Report on vaccination in Madras 1922-1929 - 1922-1929
Year: 1922
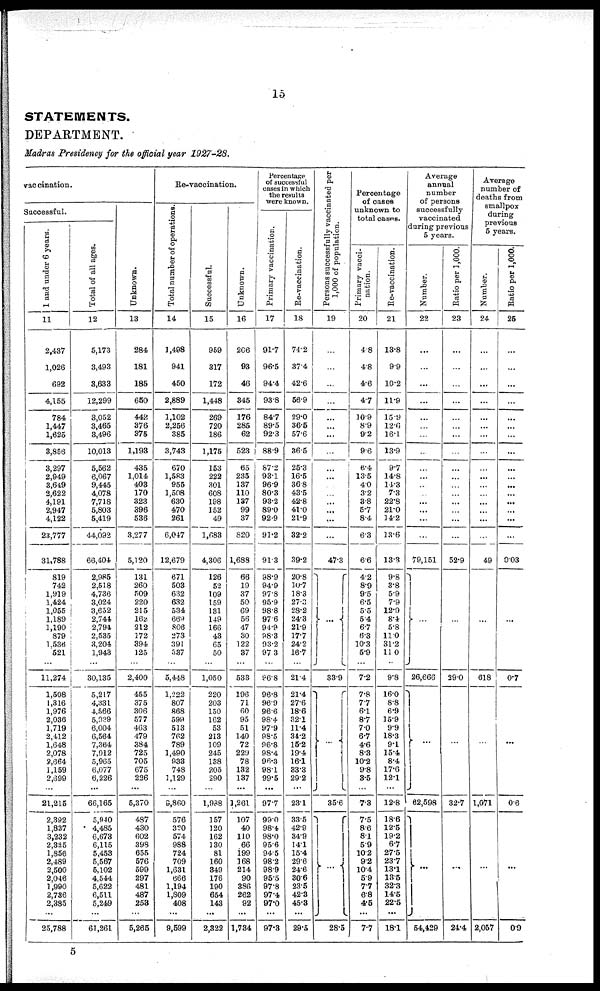
15
STATEMENTS.
DEPARTMENT.
Madras Presidency for the official year 1927-28.
vaccination.
Successful.
1 and under 6 years.
11
2,437
1,026
692
4,155
784
1,447
1,625
3,856
3,297
2,949
3,649
2,622
4,191
2,947
4,122
23,777
31,788
819
742
1,919
1,424
1,055
1,189
1,190
879
1,536
521
...
11,274
1,508
1,316
1,976
2,036
1,719
2,412
1,648
2,078
2,664
1,159
2,699
...
21,215
2,392
1,837
3,232
2,325
1,856
2,489
2,500
2,046
1,990
2,736
2,385
...
25,788
Total of all ages.
12
5,173
3,493
3,633
12,299
3,052
3,465
3,496
10,013
5,562
6,067
9,445
4,078
7,718
5,803
5,419
44,092
66,404
2,985
2,518
4,736
3,024
3,652
2,744
2,794
2,535
3,204
1,943
...
30,135
5,217
4,331
4,566
5,939
6,004
6,564
7,364
7,912
5,965
6,077
6,226
...
66,165
5,940
4,485
6,673
6,115
5,453
5,567
5,102
4,544
5,622
6,511
5,249
...
61,261
Unknown.
13
284
181
185
650
442
376
375
1,193
435
1,014
403
170
323
396
536
3,277
5,120
131
260
509
220
215
162
212
172
394
125
...
2,400
455
375
306
577
463
479
384
725
705
675
226
...
5,370
487
430
602
398
655
576
599
297
481
487
253
...
5,265
Re-vaccination.
Total number of operations.
14
1,498
941
450
2,889
1,102
2,256
385
3,743
670
1,583
955
1,508
630
470
261
6,047
12,679
671
503
632
632
534
669
806
273
391
337
...
5,448
1,222
807
868
599
513
762
789
1,490
933
748
1,129
...
9,860
576
320
574
988
724
709
1,631
666
1,194
1,809
408
...
9,599
Successful.
15
959
317
172
1,448
269
720
186
1,175
153
222
301
608
198
152
49
1,683
4,306
126
52
109
159
131
149
166
43
65
50
...
1,050
220
203
150
162
53
213
109
245
138
205
290
...
1,938
157
120
162
130
81
160
349
176
190
654
143
...
2,322
Unknown.
16
206
93
46
345
176
285
62
523
65
235
137
110
137
99
37
820
1,688
66
19
37
50
69
56
47
30
122
37
...
533
196
71
60
95
51
140
72
229
78
132
137
...
1,261
107
40
110
66
199
168
214
90
386
262
92
...
1,734
Percentage
of successful
cases in which
the results
were known.
Primary vaccination.
17
91.7
96.5
94.4
93.8
84.7
89.5
92.3
88.9
87.2
93.1
96.9
80.3
93.2
89.0
92.9
91.2
91.3
98.9
94.9
97.8
95.9
98.8
97.6
94.9
98.3
93.2
97.3
...
96.8
96.8
96.9
96.6
98.4
97.9
98.5
96.8
98.4
96.3
98.1
99.5
...
97.7
99.0
98.4
98.0
95.6
94.5
98.2
98.9
95.5
97.8
97.4
97.0
...
97.3
Re-vaccination.
18
74.2
37.4
42.6
56.9
29.0
36.5
57.6
36.5
25.3
16.5
36.8
43.5
42.8
41.0
21.9
32.2
39.2
20.8
10.7
18.3
27.3
28.2
24.3
21.9
17.7
24.2
16.7
...
21.4
21.4
27.6
18.6
32.1
11.4
34.2
15.2
19.4
16.1
83.3
29.2
...
23.1
33.5
42.9
34.9
14.1
15.4
29.6
24.6
30.6
23.5
42.3
45.3
...
29.5
Persons successfully vaccinated per
1,000 of population.
19
...
...
...
...
...
...
...
...
...
...
...
...
...
...
...
...
47.3
...
33.9
...
35.6
...
28.5
Percentage
of cases
unknown to
total cases.
Primary vacci-
nation.
20
4.8
4.8
4.6
4.7
10.9
8.9
9.2
9.6
6.4
13.5
4.0
3.2
3.8
5.7
8.4
6.3
6.6
4.2
8.9
9.5
6.5
5.5
5.4
6.7
6.3
10.3
5.9
...
7.2
7.8
7.7
6.1
8.7
7.0
6.7
4.6
8.3
10.2
9.8
3.5
...
7.3
7.5
8.6
8.1
5.9
10.2
9.2
10.4
5.9
7.7
6.8
4.5
...
7.7
Re-vaccination.
21
13.8
9.9
10.2
11.9
15.9
12.6
16.1
13.9
9.7
14.8
14.3
7.3
22.8
21.0
14.2
13.6
13.3
9.8
3.8
5.9
7.9
12.9
8.4
5.8
11.0
31.2
11.0
...
9.8
16.0
8.8
6.9
15.9
9.9
18.3
9.1
15.4
8.4
17.6
12.1
...
12.8
18.6
12.5
19.2
6.7
27.5
23.7
13.1
13.5
32.3
14.5
22.5
...
18.1
Average
annual
number
of persons
successfully
vaccinated
during previous
5 years.
Number.
22
...
...
...
...
...
...
...
...
...
...
...
...
...
...
...
...
79,151
...
26,666
...
62,598
...
54,429
Ratio per 1,000.
23
...
...
...
...
...
...
...
...
...
...
...
...
...
...
...
...
52.9
...
29.0
...
32.7
...
24.4
Average
number of
deaths from
smallpox
during
previous
5 years.
Number.
24
...
...
...
...
...
...
...
...
...
...
...
...
...
...
...
...
49
...
618
...
1,071
...
2,057
Ratio per 1,000.
25
...
...
...
...
...
...
...
...
...
...
...
...
...
...
...
...
0.03
...
0.7
...
0.6
...
0.9
5